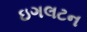
ઇગલટન